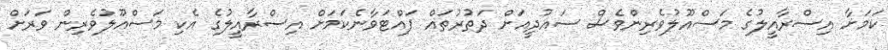
ކަމަށާ އިސްރާއީލުގެ މަސްއޫލުވެރިންވެސް ސައުދީއަށް ދަތުރުތައް ފައްޓަވާނެކަމަށް އިސްރާއީލުގެ އެކި މަސްއޫލުވެރިން ވަރަށް